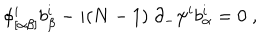
LaTeX: \phi _ { [ \alpha \beta ] } ^ { i } b _ { \beta } ^ { i } - i ( N - 1 ) \; \partial _ { - } \psi ^ { i } b _ { \alpha } ^ { i } = 0 \; ,